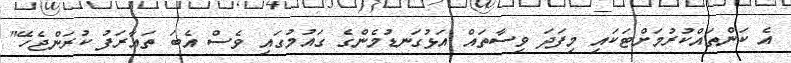
އެ ކަންތައްކުރުމަށްޓަކައި މިފަދަ ވިސާތައް އަޅުގަނޑުމެންގެ ގައުމުގައި ވެސް އެބަ ތައާރަފު ކުރަންޖެހޭ"